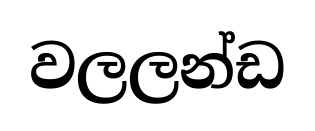
වලලන්ඩ